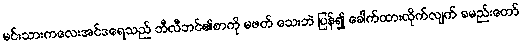
မင်းသားကလေးအင်ဒရေသည် ဘီလီဘင်၏စာကို မဖတ် သေးဘဲ ပြန်၍ ခေါက်ထားလိုက်လျက် ခမည်းတော်